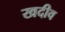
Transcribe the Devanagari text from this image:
खदीव